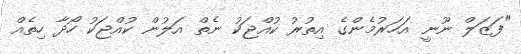
"ފަޒަލް ނޫނީ އަހަރުމެންގެ އިތުރު ކުއްޖަކު ނެތް އަލުން ކުއްޖަކު ހޯދާ ހިތެއް